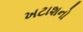
ખટાશનો